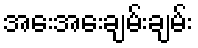
အေးအေးချမ်းချမ်း